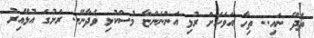
ތެދޭ ނައި.. ތިހާ އަވަހަށް ރުޅި އަންނަންޏާ މުސްކުޅި ވެދާނޭ.. ރަށުގަ އުޅޭއިރު